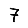
Digit: 7